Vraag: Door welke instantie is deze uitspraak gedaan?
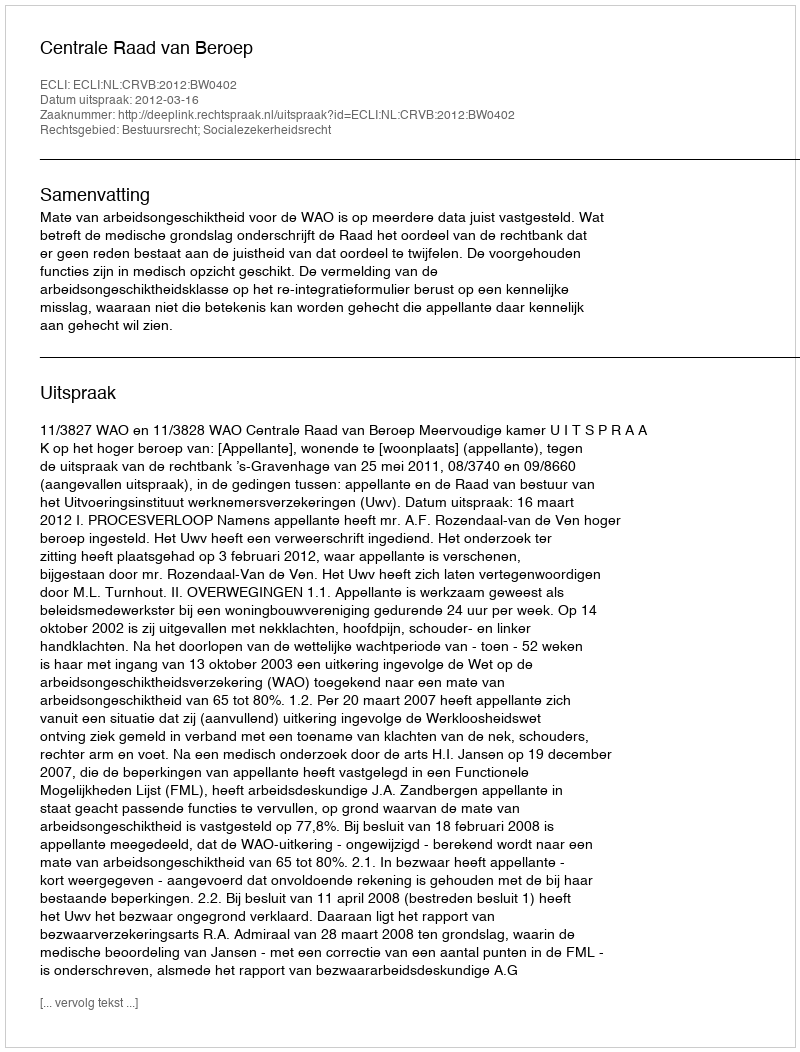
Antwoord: Centrale Raad van Beroep